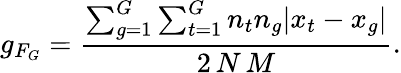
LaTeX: g_{F_{G}}=\frac{\sum_{g=1}^{G}\sum_{t=1}^{G}n_{t}n_{g}|x_{t}-x_{g}|}{2\, N\, M}.